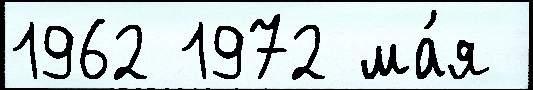
1962 1972 ма́я